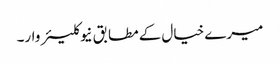
میرے خیال کےمطابق نیوکلیئر وار۔